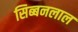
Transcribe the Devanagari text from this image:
सिब्‍बनलाल